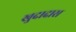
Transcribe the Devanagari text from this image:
खुदादास